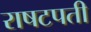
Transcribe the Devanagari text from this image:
राषटपती